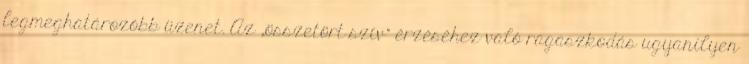
legmeghatározóbb üzenet. Az „összetört szív” érzéséhez való ragaszkodás ugyanilyen